Civil Veterinary Dept. Assam report 1927-50 - 1927-1950
Year: 1927
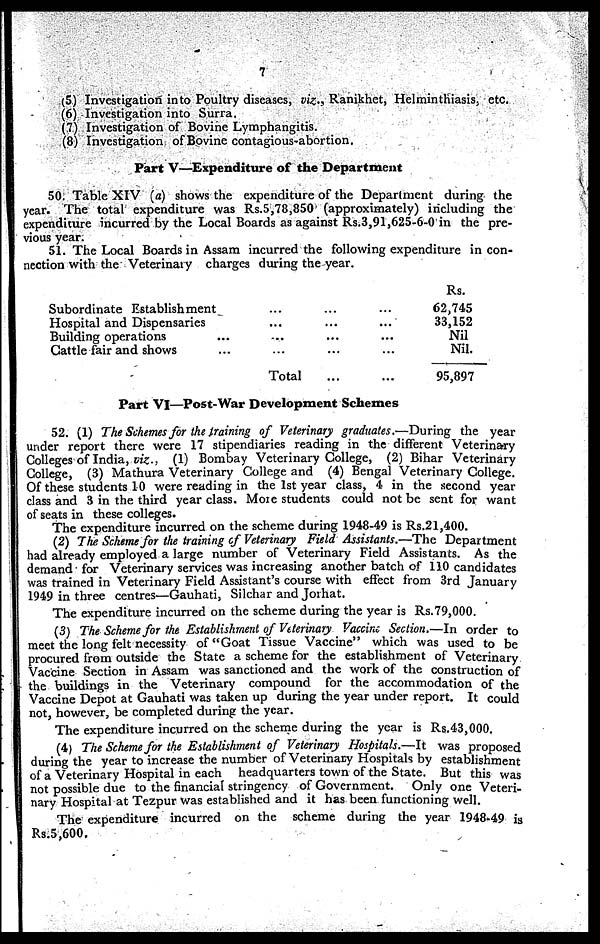
7
(5) Investigation into Poultry diseases, viz., Ranikhet, Helminthiasis, etc.
(6) Investigation into Surra.
(7) Investigation of Bovine Lymphangitis.
(8) Investigation of Bovine contagious-abortion.
Part V—Expenditure of the Department
50. Table XIV (a) shows the expenditure of the Department during the
year. The total expenditure was Rs.5,78,850 (approximately) including the
expenditure incurred by the Local Boards as against Rs.3,91,625-6-0 in the pre-
vious year.
51. The Local Boards in Assam incurred the following expenditure in con-
nection with the Veterinary charges during the year.
Subordinate Establishment ... ... ...
Hospital and Dispensaries ... ... ...
Building operations ... ... ... ...
Cattle fair and shows ... ... ... ...
Total...
...
Rs.
62,745
33,152
Nil
Nil.
95,897
Part VI—Post-War Development Schemes
52. (1) The Schemes for the training of Veterinary graduates.—During the year
under report there were 17 stipendiaries reading in the different Veterinary
Colleges of India, viz., (1) Bombay Veterinary College, (2) Bihar Veterinary
College, (3) Mathura Veterinary College and (4) Bengal Veterinary College.
Of these students 10 were reading in the 1st year class, 4 in the second year
class and 3 in the third year class. More students could not be sent for want
of seats in these colleges.
The expenditure incurred on the scheme during 1948-49 is Rs.21,400.
(2) The Scheme for the training of Veterinary Field Assistants.—The Department
had already employed a large number of Veterinary Field Assistants. As the
demand for Veterinary services was increasing another batch of 110 candidates
was trained in Veterinary Field Assistant's course with effect from 3rd January
1949 in three centres—Gauhati, Silchar and Jorhat.
The expenditure incurred on the scheme during the year is Rs.79,000.
(3) The Scheme for the Establishment of Veterinary Vaccine Section.—In order to
meet the long felt necessity of "Goat Tissue Vaccine" which was used to be
procured from outside the State a scheme for the establishment of Veterinary
Vaccine Section in Assam was sanctioned and the work of the construction of
the buildings in the Veterinary compound for the accommodation of the
Vaccine Depot at Gauhati was taken up during the year under report. It could
not, however, be completed during the year.
The expenditure incurred on the scheme during the year is Rs.43,000.
(4) The Scheme for the Establishment of Veterinary Hospitals.—It was proposed
during the year to increase the number of Veterinary Hospitals by establishment
of a Veterinary Hospital in each headquarters town of the State. But this was
not possible due to the financial stringency of Government. Only one Veteri-
nary Hospital at Tezpur was established and it has been functioning well.
The expenditure incurred on the scheme during the year 1948-49 is
Rs.5,600